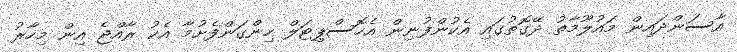
އާސަންދައިން މައުލޫމާތު ދޭގޮތުގައި އެކުންފުނިން އެހޮސްޕިޓަލް ހިންގަންފެށުމާ އެކު ރާއްޖެ އިން މިހާރު